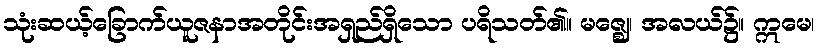
သုံးဆယ့်ခြောက်ယူဇနာအတိုင်းအရှည်ရှိသော ပရိသတ်၏။ မဇ္ဈေ၊ အလယ်၌။ ဣမေ၊